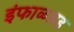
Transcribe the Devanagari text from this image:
इंफाळसह